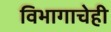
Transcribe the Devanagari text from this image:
विभागाचेही